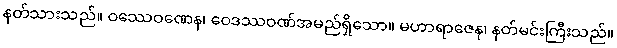
နတ်သားသည်။ ဝဿေဝဏေန၊ ဝေဒဿဝဏ်အမည်ရှိသော။ မဟာရာဇေန၊ နတ်မင်းကြီးသည်။